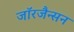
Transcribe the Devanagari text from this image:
जॉरजैन्सन